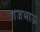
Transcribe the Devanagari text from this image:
गजभाऊ